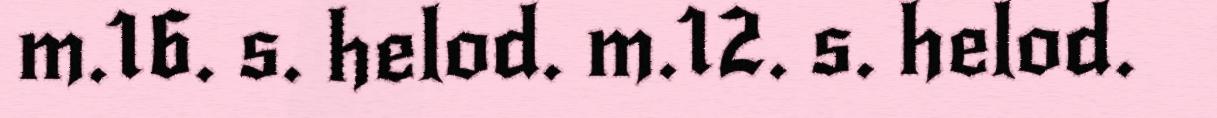
m.16. s. helod. m.12. s. helod.